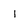
Character: l